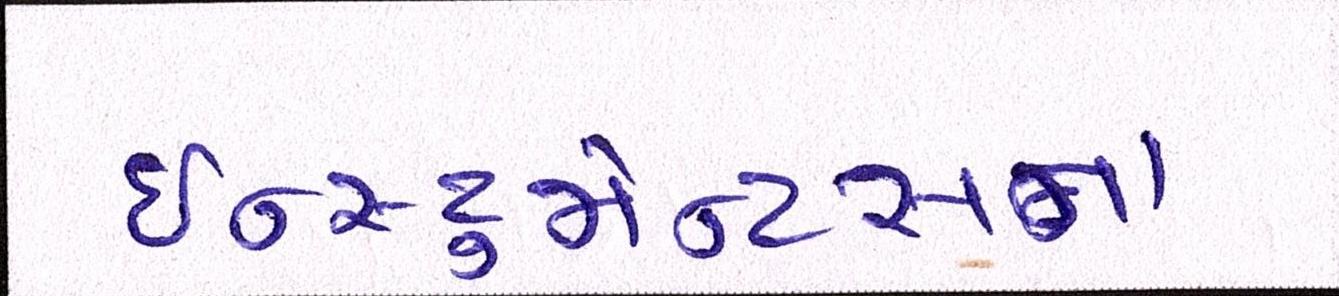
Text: ઇન્સ્ટ્રુમેન્ટસના